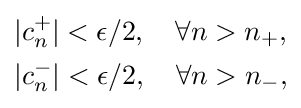
{\begin{aligned}&|c_{n}^{+}|<\epsilon /2,\quad \forall n>n_{+},\\&|c_{n}^{-}|<\epsilon /2,\quad \forall n>n_{-},\end{aligned}}